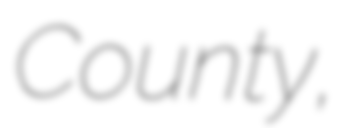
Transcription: County,